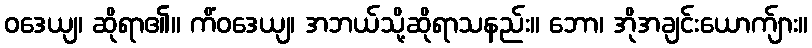
ဝဒေယျ၊ ဆိုရာ၏။ ကိံဝဒေယျ၊ အဘယ်သို့ဆိုရာသနည်း။ ဘော၊ အိုအချင်းယောက်ျား။